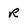
Character: R